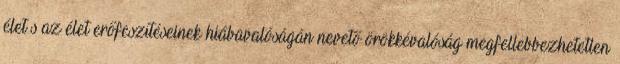
élet s az élet erőfeszítéseinek hiábavalóságán nevető örökkévalóság megfellebbezhetetlen